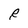
Character: R